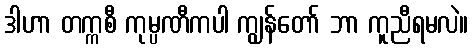
ဒါဟာ တက္ကစီ ကုမ္ပဏီကပါ ကျွန်တော် ဘာ ကူညီရမလဲ။